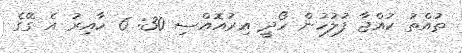
ތުއްތު ކުއްޖާ ފުލުހުން ހޯދީ އިރުއޮއްސި 30: 6 ހާއިރު އެ ގޭގެ